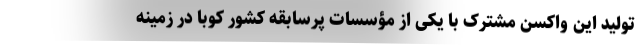
تولید این واکسن مشترک با یکی از مؤسسات پرسابقه کشور کوبا در زمینه